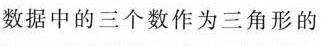
数据中的三个数作为三角形的